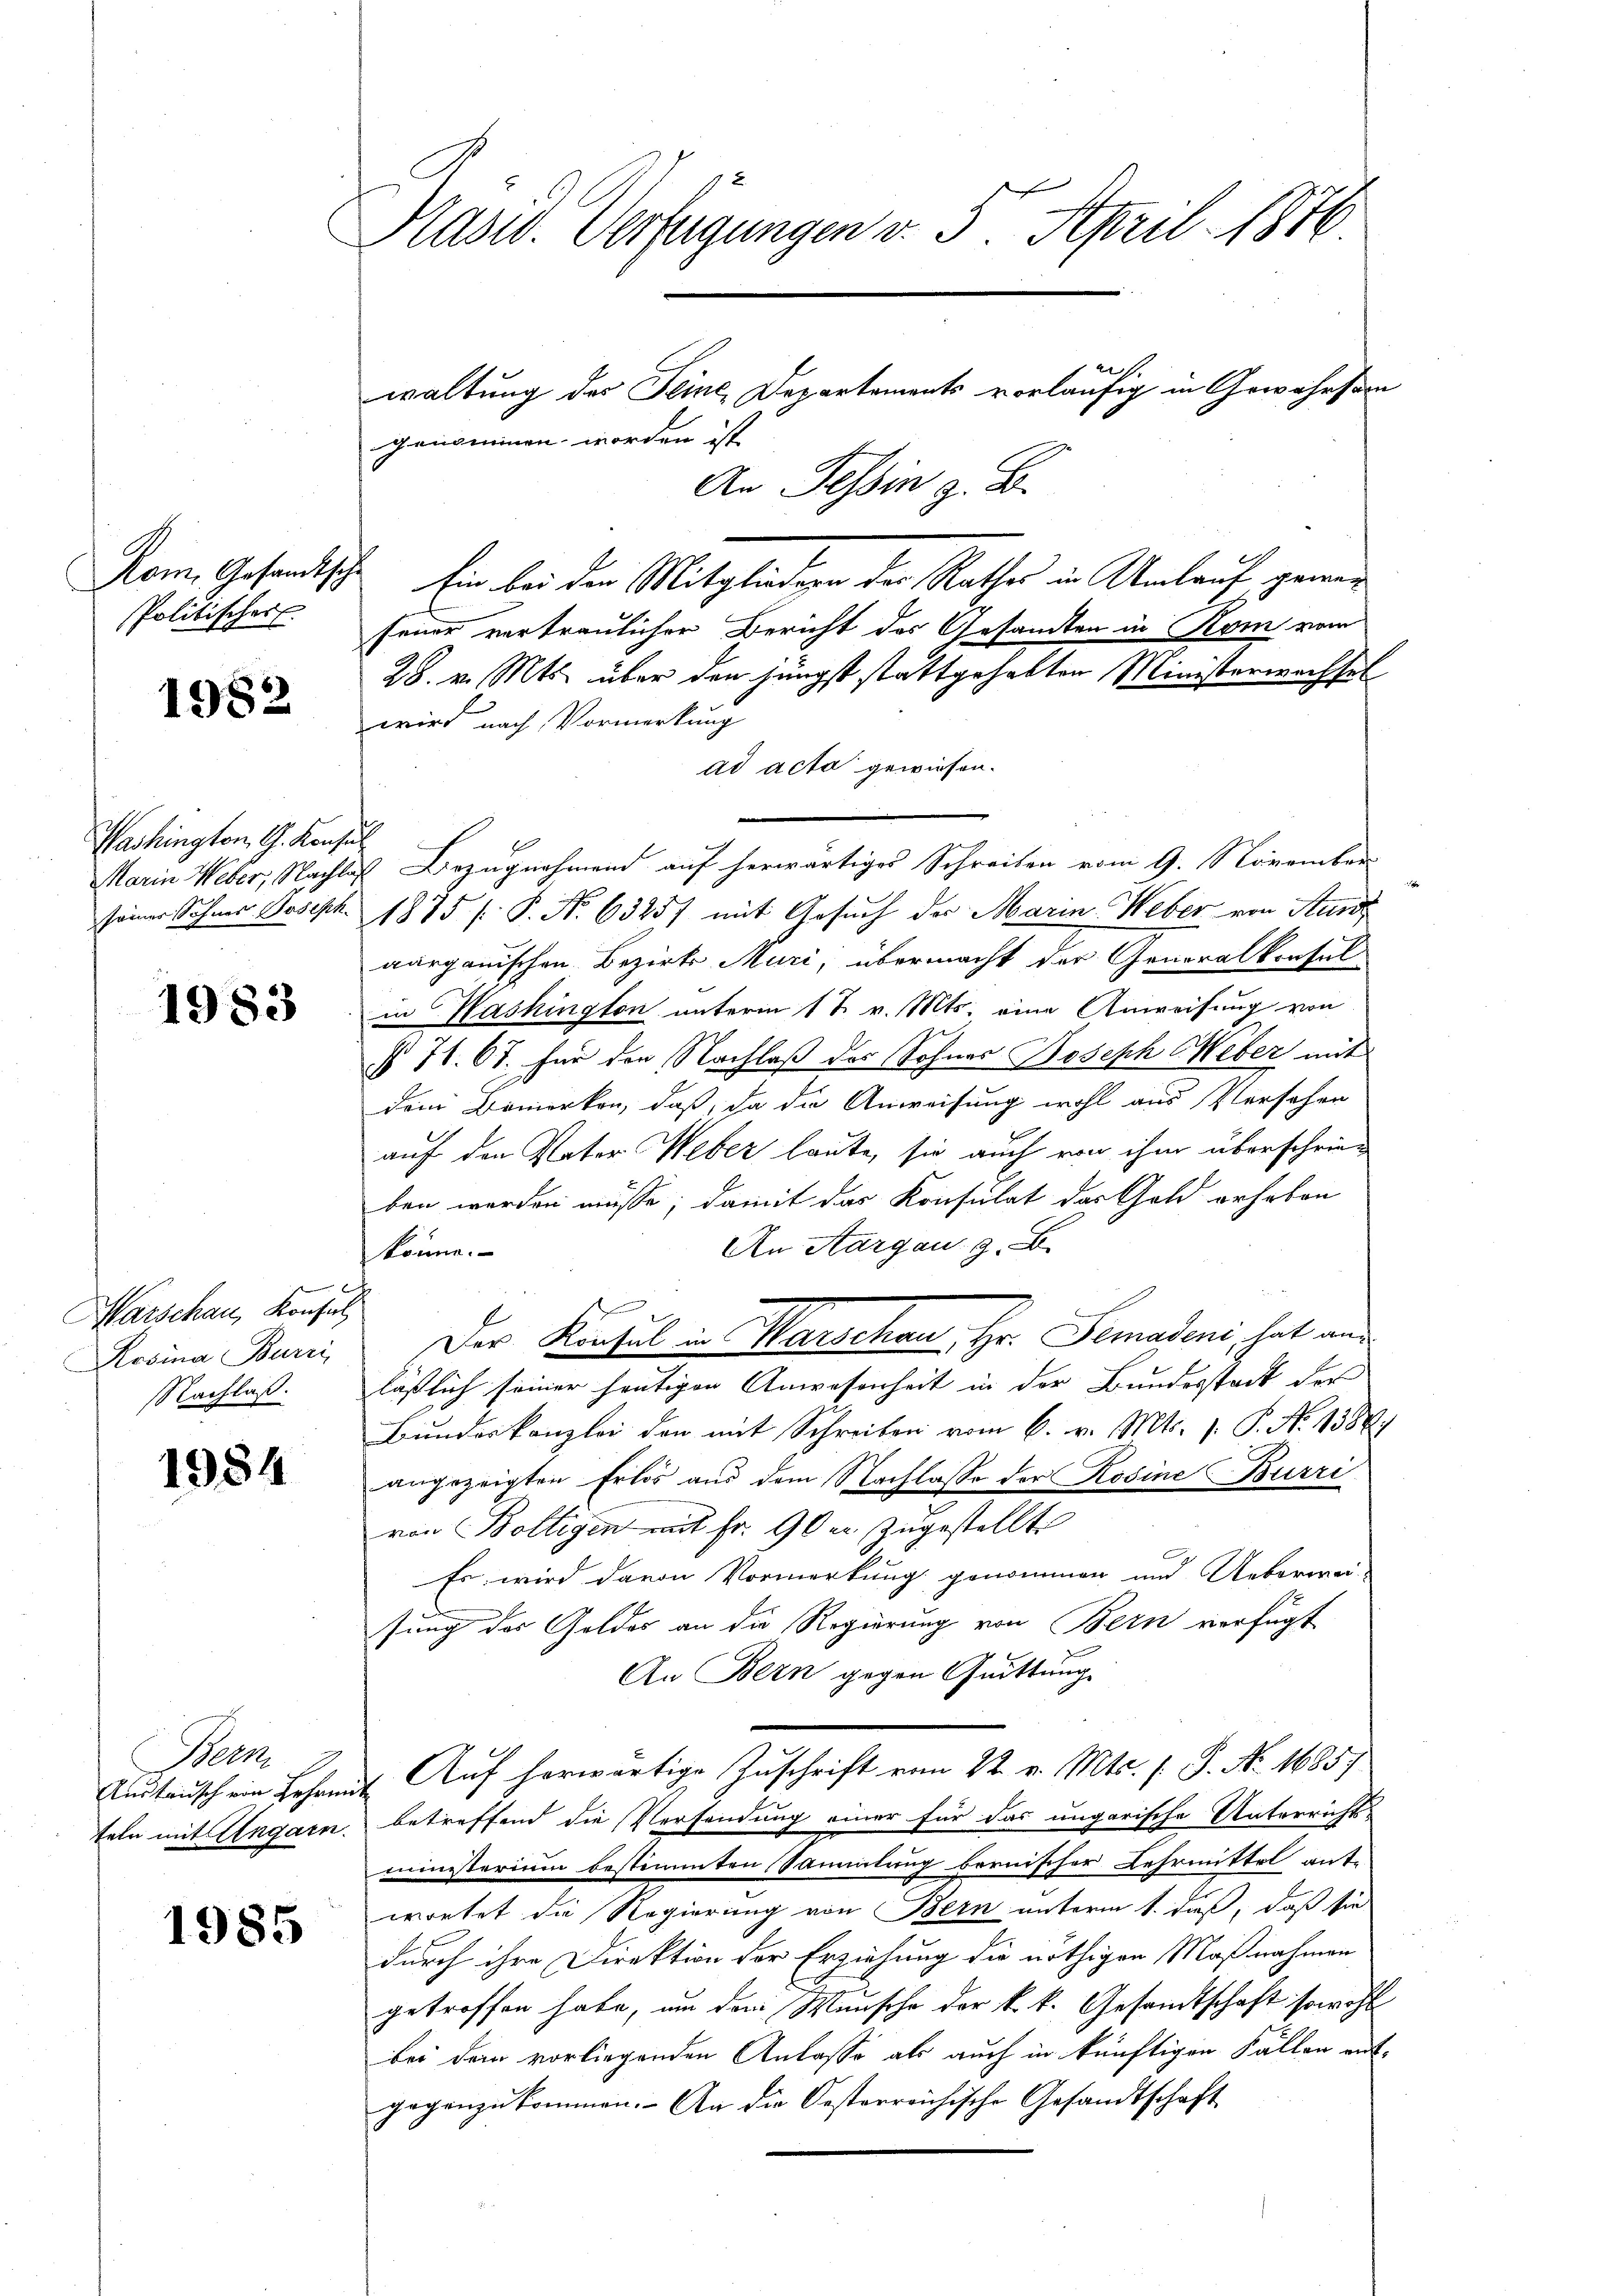
Rom. Gesandtsche
Politischer

1982

Washington G. Konse
Maria Weber, Nachlag
seiner Sohnes Joseph

1983

Warschau, Konsul
Rosina Burri
Nachlaß.

1984

Bern
Austausch von Lehren.
teln mit Ungarn.

1985

Präsid. Verfügungen v. 5. April 1840.
waltung der Seine, Departements vorläufig in Gewahrsamm
genommen worden ist
An Tessin z. B.

¬

Ein bei der Mitgliedern der Rathes in Umlauf geweiseiner vertraulicher Bericht des Gesamten in Kom vom
28. v. Mts. über den jüngst stattgehabten Ministerwachsel
wird nach Vormerkung
ad acta gewiesen.
Bezugnahmend auf herwärtiges Schreiben vom 9. November
1875 / P. Nr. 63257 mit Gesuch der Marin Weber von Stund
aargauischen Bezirks Muri, übermacht der Generalkonsul
in Washington unterm 1 t v. Mts. eine Anweisung von
§ 71. 67. Für den Nachlaß der Sohnes Joseph Weber mit
dem Bemerken, daß, da die Anweisung wohl aus Vorsehen
auf den Vater Weber laute, sie auch von ihm überschrieben werden müsse; damit das Konsulat der Gold gehoben
An Aargau z. B.
könne.
Der Konsul in Marschen, Hr. Semadens, hat und
läßlich seiner heutigen Anwesenheit in der Bundesstadt der
Bundeskanzlei den mit Schreiben vom 6. v. Mts. v. P. Nr. 1384.
angezeigten Erlös aus dem Nachlasse der Rosine Burri
von Bolligen mit fr. 90 er zugestellt
Es wird davon Vormerkung genommen und Ueberwei-
sung des Goldes an die Regierung von Bern verfügt
An Bern gegen Quittung
Auf herwärtige Zuschrift vom 22. v. Mts. (T. No. 1685)
betreffend die Versendung einer für das ungarische Unterrichts-
ministerium bestimmten Sammlung bernischer Lehrmittel ant
wortet die Regierung von Bern unterm 1. dieß, daß sie
durch ihre Direktion der Erziehung die nöthigen Maßnahmen
getroffen habe, um den Wünsche der k. k. Gesandtschaft sowohl
bei dein vorliegenden Anlasse als auch in künftigen Fällen entgegenzukommen. An die Oesterreichische Gesandtschaft